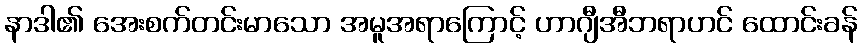
နာဒါ၏ အေးစက်တင်းမာသော အမူအရာကြောင့် ဟာဂျီအီဘရာဟင် ထောင်းခန်